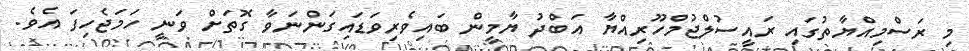
މި ރަސްމިއްޔާތުގައި ރައީސުލްޖުމްހޫރިއްޔާ އަބްދު ޔާމީން ބައިވެރިވަޑައިގަންނަވާ ގޮތަށް ވަނީ ހަމަޖެހިފަ އެވެ.